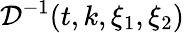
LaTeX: \mathcal{D}^{-1}(t,k,\xi_{1},\xi_{2})